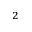
_ 2